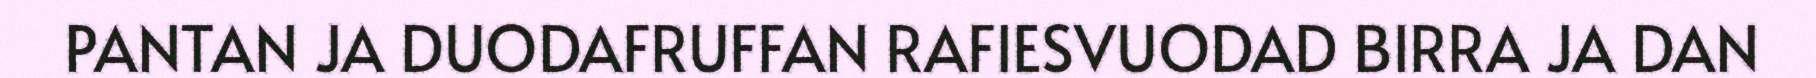
PANTAN JA DUODAFRUFFAN RAFIESVUODAD BIRRA JA DAN